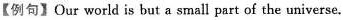
【例句】Оur world is but a small part of the universe.